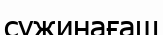
сужинағаш